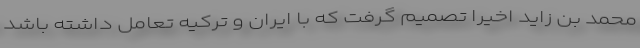
محمد بن زاید اخیرا تصمیم گرفت که با ایران و ترکیه تعامل داشته باشد